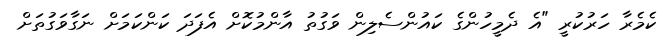
ކެމެރާ ހަރުކުރީ "އެ ދެމީހުންގެ ކައުންސެލިން ވަގުތު އާންމުކޮށް އެފަދަ ކަންކަމަށް ނަގާވަގުތަށް